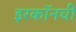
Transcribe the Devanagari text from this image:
इरकॉनची